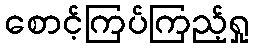
စောင့်ကြပ်ကြည့်ရှု